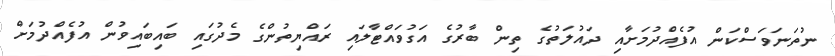
ނުތަނަވަސްކަން އުފެއްދުމަށާއި ދައުލަތުގެ ތިން ބާރުގެ އަގުވައްޓާލައި ރައްޔިތުންގެ މެދުގައި ބައިބައިވުން އުފެއްދުމަށް